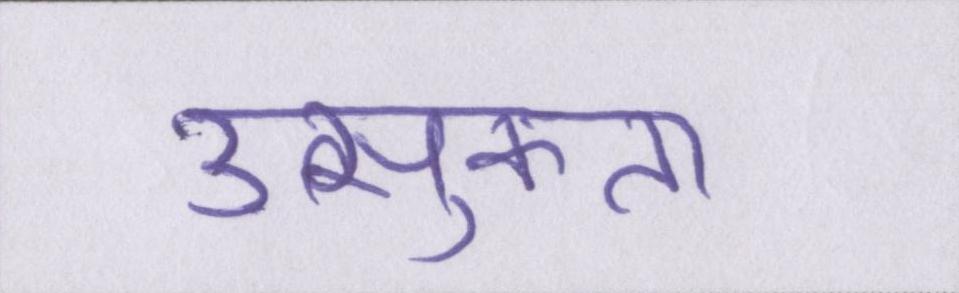
उत्सुकता